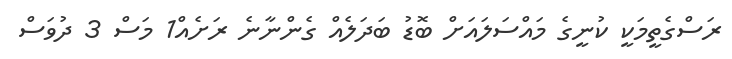
ރަސްގެތީމަކީ ކުނީގެ މައްސަލައަށް ބޮޑު ބަދަލެއް ގެންނާނެ ރަށެއް1 މަސް 3 ދުވަސް